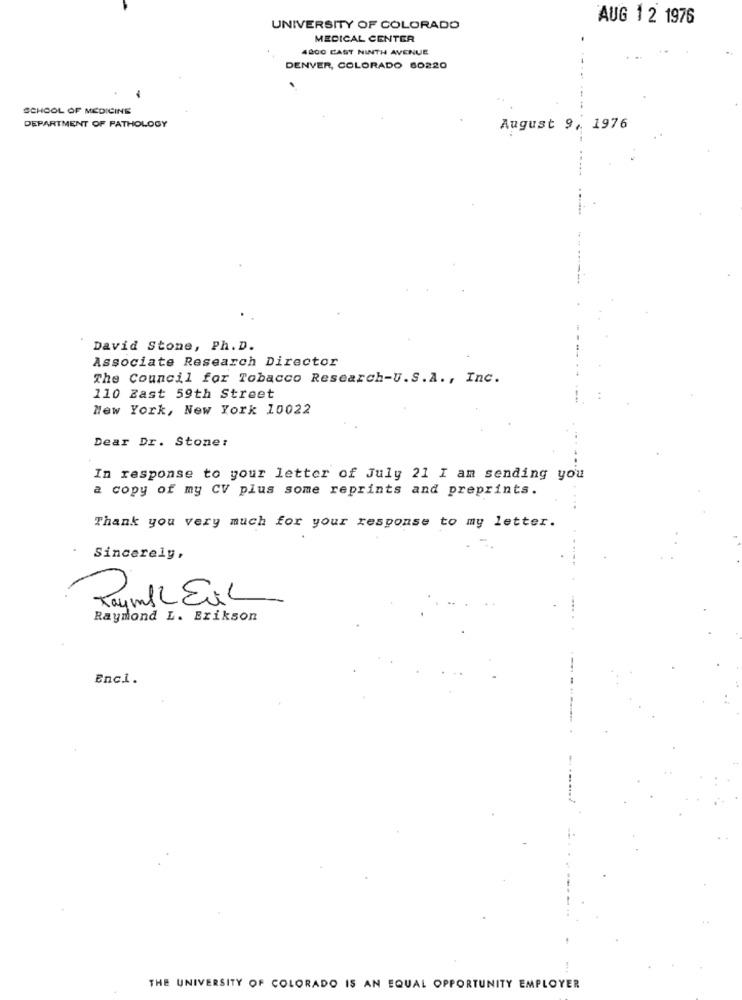
AUG 1 2 1976
UNIVERSITY OF COLORADO
MEDICAL CENTER
4800 CAST NINTH AVENUE
DENVER, COLORADO 60220
SCHOOL OF MEDICINE
DEPARTMENT OF PATHOLOGY
August 9, 1976
David Stone, Ph. D.
Associate Research Director
The Council for Tobacco Research-U.S.A ., Inc.
110 Zast 59th Street
New York, New York 10022
Dear Dr. Stone:
In response to your letter of July 21 I am sending you
a copy of my CV plus some reprints and preprints.
Thank you very much for your response to my letter.
Sincerely,
Raymond L. Erikson
Enci.
THE UNIVERSITY OF COLORADO IS AN EQUAL OPPORTUNITY EMPLOYER